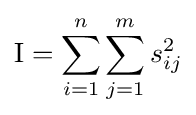
\mathrm {I} =\sum _{i=1}^{n}\sum _{j=1}^{m}s_{ij}^{2}